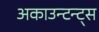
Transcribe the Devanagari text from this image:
अकाउन्टन्ट्स